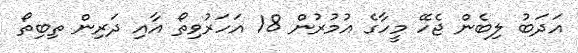
އަދަބު ލިބެން ޖެހޭ މީހާގެ އުމުރުން 18 އަހަރުވިތޯ އާއި ދަރިން ތިބިތޯ